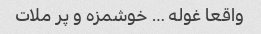
واقعا غوله … خوشمزه و پر ملات